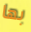
بها